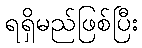
ရရှိမည်ဖြစ်ပြီး